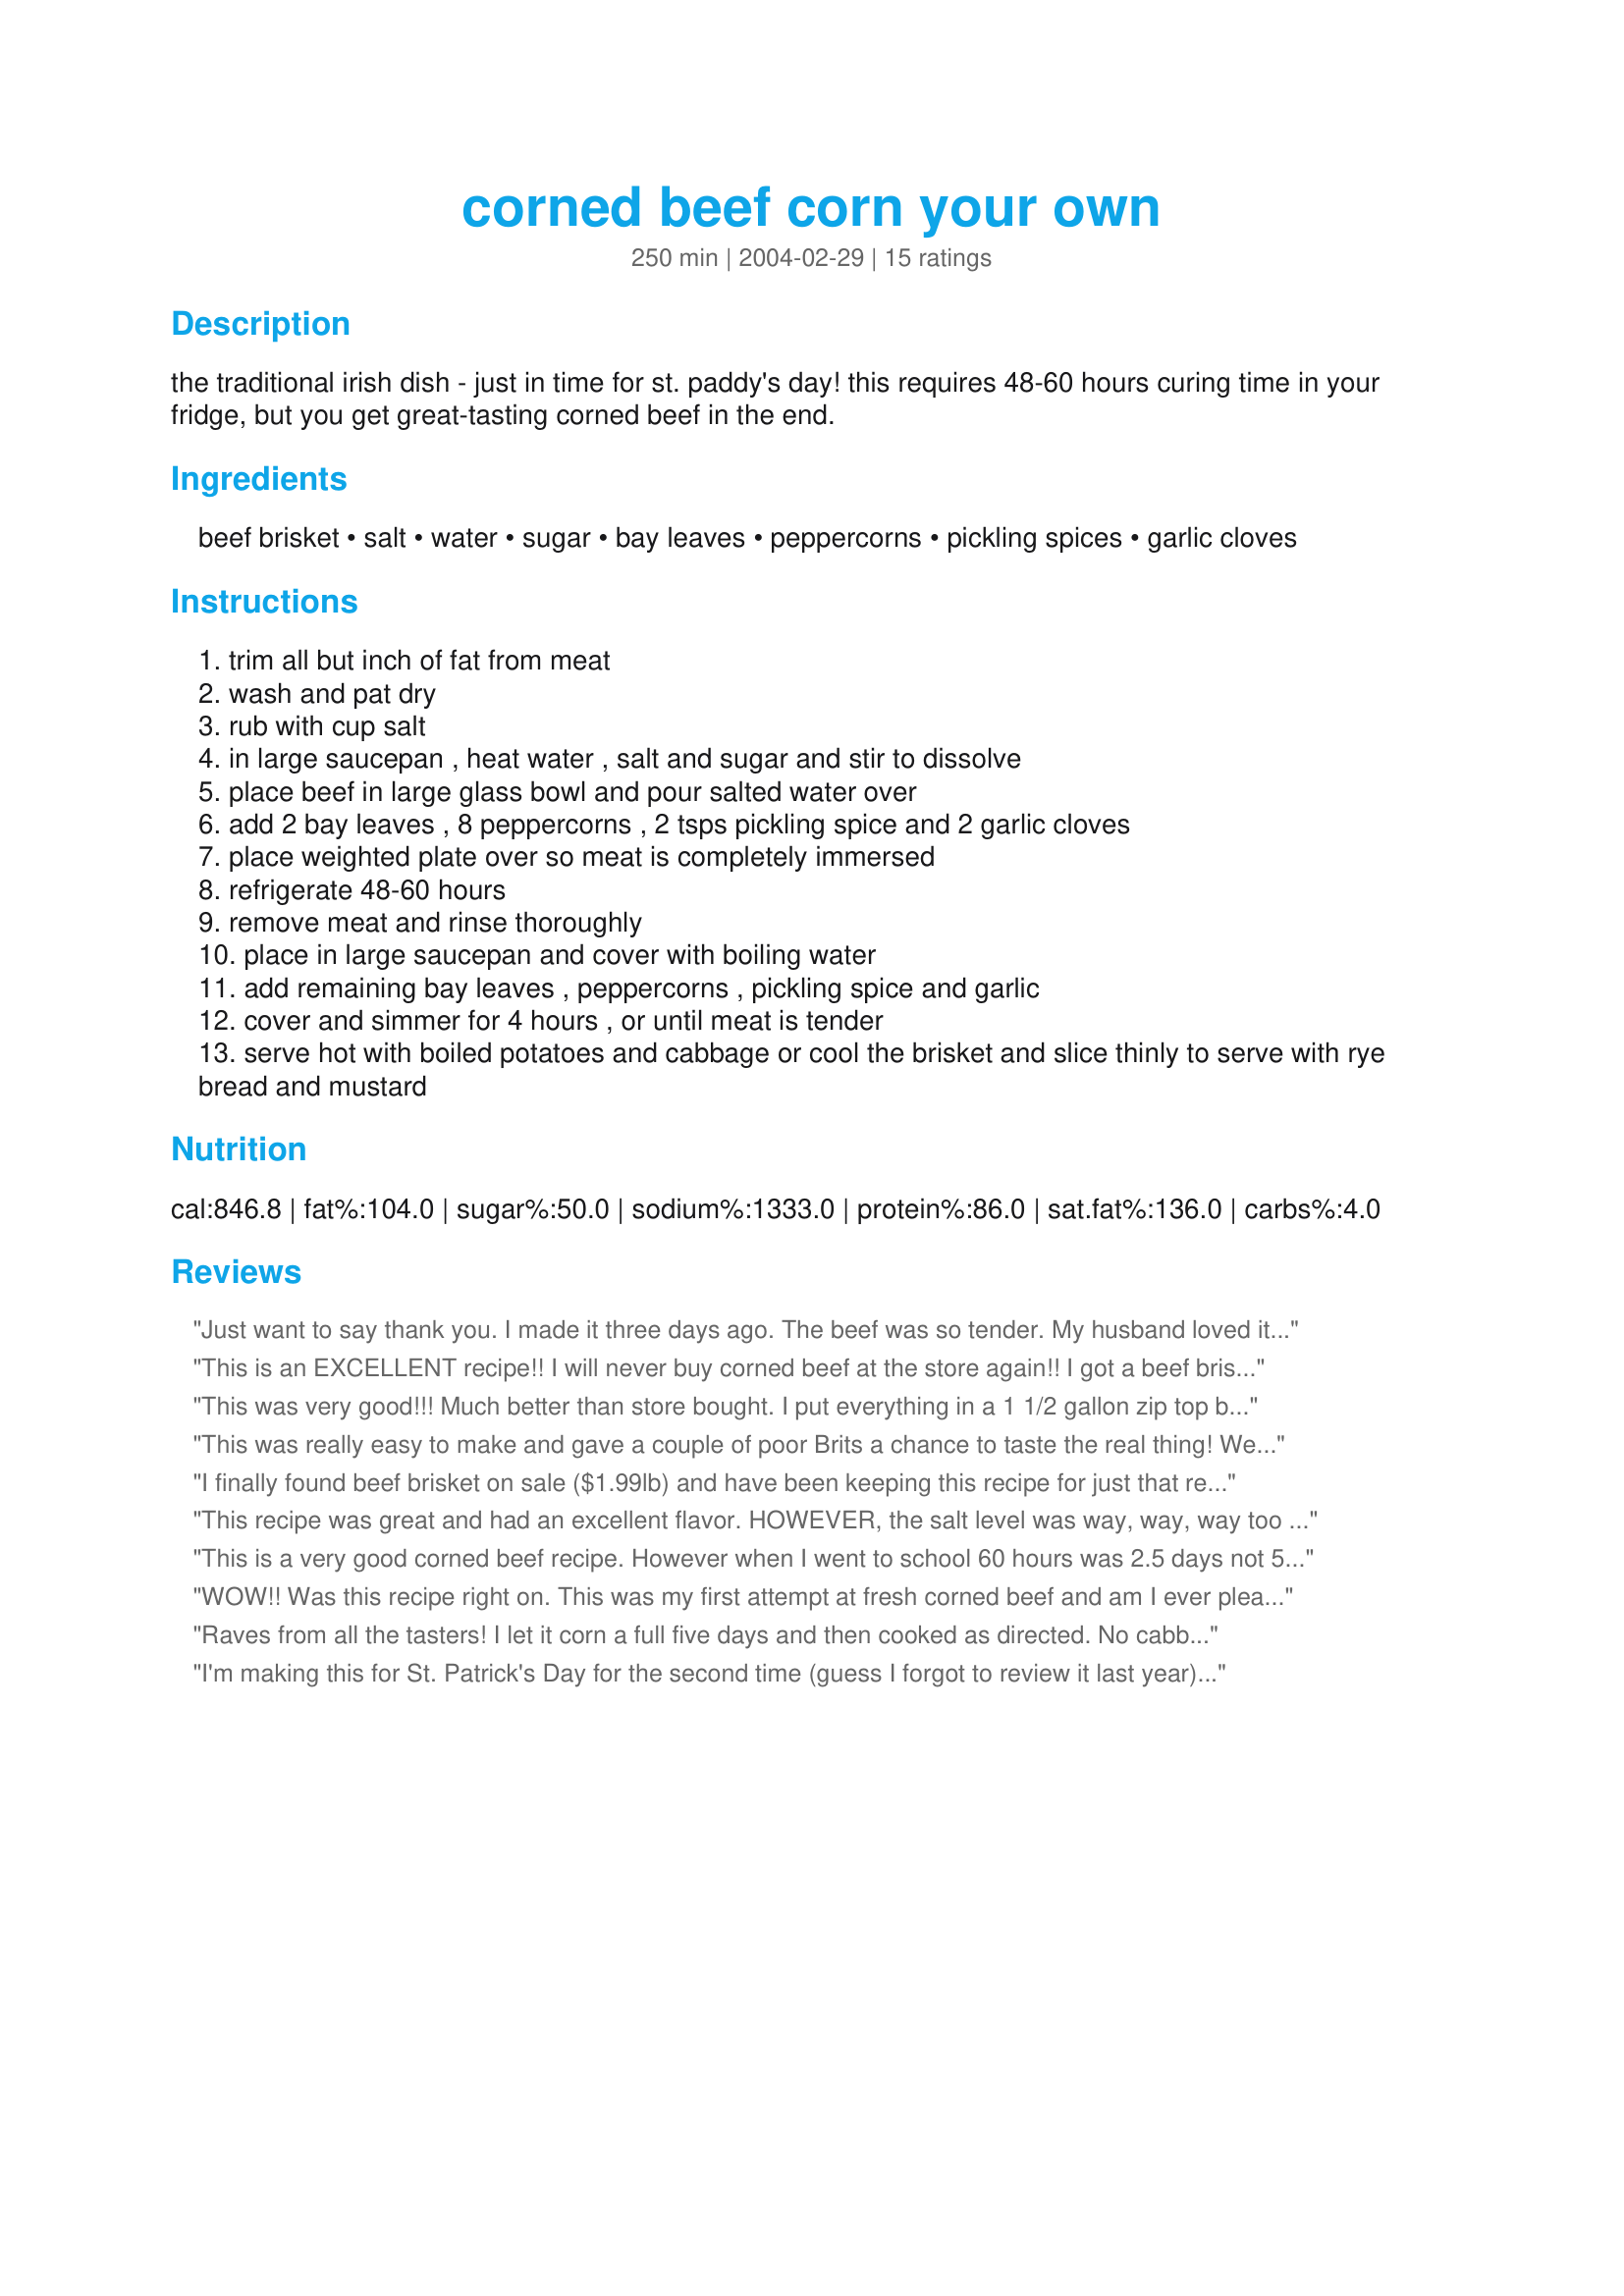
corned beef corn your own
Preparation time: 250 minutes

the traditional irish dish - just in time for st. paddy's day! this requires 48-60 hours curing time in your fridge, but you get great-tasting corned beef in the end.

Ingredients:
beef brisket, salt, water, sugar, bay leaves, peppercorns, pickling spices, garlic cloves

Steps:
trim all but inch of fat from meat
wash and pat dry
rub with cup salt
in large saucepan , heat water , salt and sugar and stir to dissolve
place beef in large glass bowl and pour salted water over
add 2 bay leaves , 8 peppercorns , 2 tsps pickling spice and 2 garlic cloves
place weighted plate over so meat is completely immersed
refrigerate 48-60 hours
remove meat and rinse thoroughly
place in large saucepan and cover with boiling water
add remaining bay leaves , peppercorns , pickling spice and garlic
cover and simmer for 4 hours , or until meat is tender
serve hot with boiled potatoes and cabbage or cool the brisket and slice thinly to serve with rye bread and mustard

Reviews:
Just want to say thank you. I made it three days ago. The beef was so tender. My husband loved it. And guess what... my aunt who came for a visit said she would like to make it for the xmas lunch.
This is an EXCELLENT recipe!! I will never buy corned beef at the store again!! I got a beef brisket that was close to 4 1/2 pounds.(If you can't find a brisket in your store, ask the butcher if they have any.) It was too big to fit in my stock pot for brining in one piece so I cut it in half. I put both pieces in the stockpot and added the brining ingredients. I then put a plate on top of the meat to weigh it down.(as directed) I started it on Monday (March 15th.) I brined it for 5 days!! On Saturday(5 days later)I took one piece of the meat out of the brine solution and set it aside. I put the other one in a smaller pot, covered it with the brine solution, returned it to the fridge and continued brining it. My crockpot was too small for both pieces. 
 I took the piece of meat I had set aside and rinsed it really well to get the brine solution off of it. This makes the meat less salty when you cook it. I then put it in my crockpot and followed the rest of the directions in the recipe. I cooked it for about 8-9 hours. I put the cabbage in during the last 20 or so minutes of cooking time. It absorbed the flavors in the meat juices. The meat was VERY tender and VERY tasty!!!
 I cooked the other one today (Monday) on the top of my stove, following the recipe directions. It was very good too. I couldn't tell any difference in flavors by brining it longer. I think I added too much water to the pot when I cooked it today. Next time I make this, I will add less water to cook it in. I might be able to tell a difference then. 
 Thanks Evelyn for an excellent recipe. This is the only way I will cook corned beef from now on...no more store bought, packaged corned beef for me!!
This was very good!!! Much better than store bought. I put everything in a 1 1/2 gallon zip top bag and let it marinate for 72 hours. My whole family loved it. Thanks!
This was really easy to make and gave a couple of poor Brits a chance to taste the real thing! We can only get corned beef in
cans over here and it is a completely different thing. I made it for a St Patrick's Day meal and will be making it again "just because". It has definitely gone into my repertoire. It had a very different flavour from the Irish spiced beef that I make for Christmas.
I finally found beef brisket on sale ($1.99lb) and have been keeping this recipe for just that reason. I cooked it on the 5th day and it was just delicious. I served it cold, sliced on whole grain bread with cheese and hot mustard.
This recipe was great and had an excellent flavor. HOWEVER, the salt level was way, way, way too high when leaving it to marinate for 60 hours. Even when thoroughly rinsing and drying the meat before cooking. When making this recipe again, I will try to halve the salt (to only 1 cup) if marinating for the full 5 days. Alternatively, a shorter marinade time should also help.
This is a very good corned beef recipe. However when I went to school 60 hours was 2.5 days not 5 days, so this was about right time to brine the brisket. It is better than most corned beef that you can buy ay wally world or most stores. thanks for the recipe Evelyn
WOW!! Was this recipe right on. This was my first attempt at fresh corned beef and am I ever pleased. Just follow the recipe and you should be also. Excellent taste and fork tender. I live in Texas and we use beef brisket for BBQ, but I tell you this corned beef version is much more tender and very very tastie.
Raves from all the tasters! I let it corn a full five days and then cooked as directed. No cabbage or mustard for us--Corned Beef Specials! Corned beef on rye with cole slaw and Russian dressing. As good as we ever got in a deli in the city! Thanks from all of us!
I'm making this for St. Patrick's Day for the second time (guess I forgot to review it last year). It's easy and delicious! Fresher tasting than store-bought, but with that distinctive "corned beef" taste. Because I cook the cabbage and potatoes in the water I don't like having whole spices in it. Since I'm too lazy to strain it (and don't want to lose the bits of meat floating in it) I used the full amount of spices for the curing and none in the cooking water.
Excellent. I started brining almost 5 lbs of beef brisket on Thursday night and served it Easter Sunday afternoon. I followed your recipe except that I used a few more pepper corns. We enjoyed the corned beef with boiled potatoes and cold sauerkraut on the side. I cooked the potatoes in the corned beef broth--not the brine. And I made some rye buns. DH and I are looking forward to leftovers today.
Evelyn, I'll me making this one again and again.
Love this recipe. Love it so much I posted it on my blog docaitta.blogspot.com so others can love it too. It is clearly credited to you, with a link back to this page. Thanks again. Will definitely make this corned beef again.
I made this for St. Patrick's Day and it was absolutely the best corned beef I ever had. (I happen to start with an awesome piece of small farm, grass fed brisket so I couldn't be terrible!) I used 2 3/4 cups of sea salt and added 1 Tbs hot pepper flakes to the brine and more peppercorns to the pot. I kept it in the fridge for 4 days and cooked it. FABULOUS! I had enough for dinner for the two of us and enough left over to make great Reubens using my homemade sauerkraut. Great recipe, Evelyn!
Evelyn, Thank-you,thank-you!! This looks very close to the recipe for corning beef that I had years ago but misplaced (lost!). I have printed it out and will be on the lookout for a good buy on a brisket. In recent years I have been using recipe#57536 as an alternative. The glaze is fabulous-will still continue to use it, even with this recipe.Thanks do much for posting!
I am also a convert. My family loves corned beef and requests it often. this is so much cheaper than the bought kind I can indulge them more often. I use all different kinds of sauces on it, depending what I have in the house. All in all, it's easy and delicious.
Thanks!!!!
